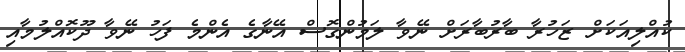
ކުއްލިއަކަށް ޒަހުރާ ބާރުބާރަށް ނޭވާ ލަމުންގޮސް އޭނާގެ އެންމެ ފަހު ނޭވާ ދޫކޮއްލުމާއި